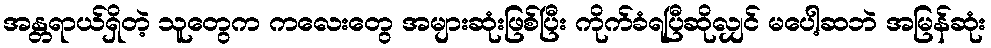
အန္တရာယ်ရှိတဲ့ သူတွေက ကလေးတွေ အများဆုံးဖြစ်ပြီး ကိုက်ခံရပြီဆိုလျှင် မပေါ့ဆဘဲ အမြန်ဆုံး